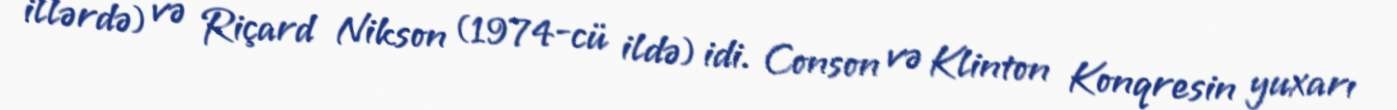
illərdə) və Riçard Nikson (1974-cü ildə) idi. Conson və Klinton Konqresin yuxarı